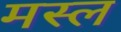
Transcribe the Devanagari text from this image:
मस्ल